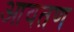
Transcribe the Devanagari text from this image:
आवतण